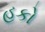
હકો